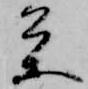
条